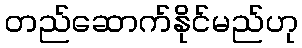
တည်ဆောက်နိုင်မည်ဟု